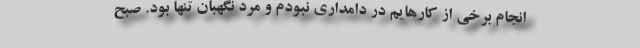
انجام برخی از کارهایم در دامداری نبودم و مرد نگهبان تنها بود. صبح